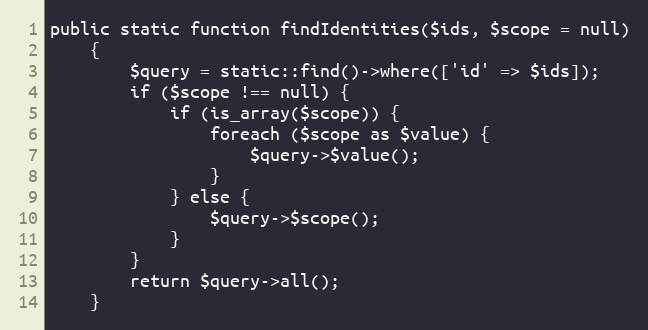
Language: PHP
public static function findIdentities($ids, $scope = null)
    {
        $query = static::find()->where(['id' => $ids]);
        if ($scope !== null) {
            if (is_array($scope)) {
                foreach ($scope as $value) {
                    $query->$value();
                }
            } else {
                $query->$scope();
            }
        }
        return $query->all();
    }